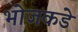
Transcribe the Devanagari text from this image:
भोजकडे